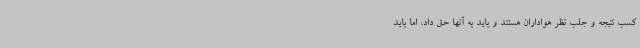
کسب نتیجه و جلب نظر هواداران هستند و باید به آنها حق داد، اما باید